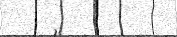
٧١